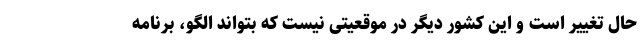
حال تغییر است و این کشور دیگر در موقعیتی نیست که بتواند الگو، برنامه